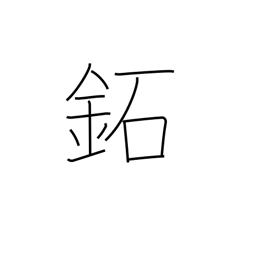
Meaning: brass